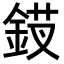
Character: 𬫗